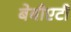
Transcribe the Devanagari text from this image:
बेबीएटी